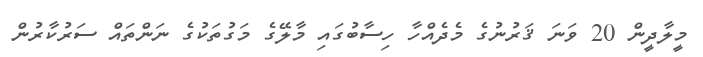
މީލާދީން 20 ވަނަ ޤަރުނުގެ މެދެއްހާ ހިސާބުގައި މާލޭގެ މަގުތަކުގެ ނަންތައް ސަރުކާރުން